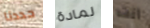
حددنا لمادة أنت